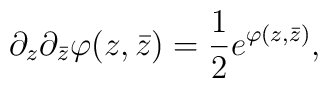
\partial_z\partial_{\bar {z}}\varphi(z,\bar{z})={1\over 2}e^{ \varphi(z,\bar{z})},